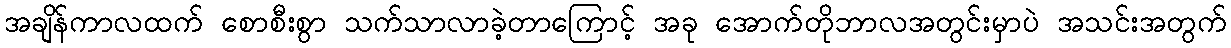
အချိန်ကာလထက် စောစီးစွာ သက်သာလာခဲ့တာကြောင့် အခု အောက်တိုဘာလအတွင်းမှာပဲ အသင်းအတွက်